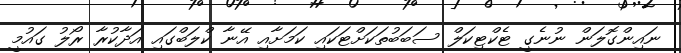
ނައިންގޮލަން ނުނެގީ ޓެކްޓިކަލް ސަބަބުތަކަށްޓަކައި ކަމަށާއި އޭނާ ކްލަބްގައި އަދާކުރާ ރޯލު ގައުމީ